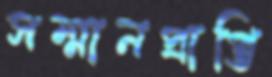
সম্মানপ্রাপ্তি